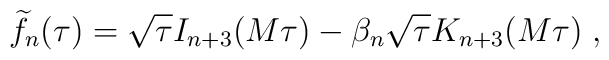
{\widetilde f}_{n}(\tau)= \sqrt{\tau}I_{n+3}(M\tau)- \beta_{n} \sqrt{\tau}K_{n+3}(M\tau) \; ,